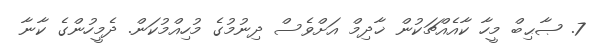
7. ޞާޙިބް މީހާ ކާއެއްޗަކުން ޚާދިމް އަށްވެސް ދިނުމުގެ މުހިއްމުކަން. ދެމީހުންގެ ކާނާ